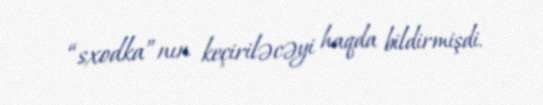
“sxodka”nın keçiriləcəyi haqda bildirmişdi.